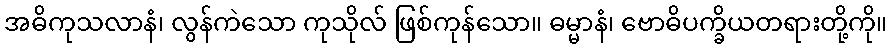
အဓိကုသလာနံ၊ လွန်ကဲသော ကုသိုလ် ဖြစ်ကုန်သော။ ဓမ္မာနံ၊ ဗောဓိပက္ခိယတရားတို့ကို။